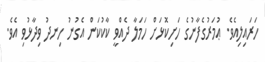
ހަރައިލިއެވެ. ޢުމަރުގެފާނުގެ ހަށިކޮޅަށް ހަމަލާ ދެއްވީ ކާކުކަން އެގުނު ހިނދު ވިދާޅުވި އެވެ.